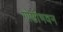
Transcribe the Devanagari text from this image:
गोष्ठीभवन